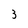
Character: 3